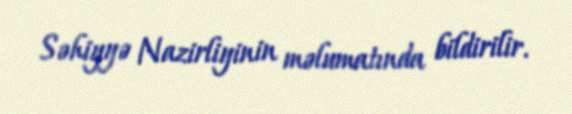
Səhiyyə Nazirliyinin məlumatında bildirilir.